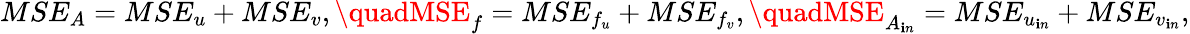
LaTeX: MSE_{A}=MSE_{u}+MSE_{v},\quadMSE_{f}=MSE_{f_{u}}+MSE_{f_{v}},\quadMSE_{A_{\mathbf{i}n}}=MSE_{u_{\mathbf{i}n}}+MSE_{v_{\mathbf{i}n}},